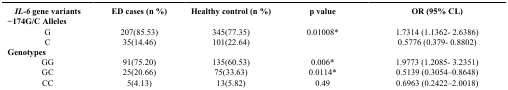
| IL-6 gene variants | ED cases (n %) | Healthy control (n %) | p value | OR (95% CL) |
 | --- | --- | --- | --- | --- |
 | <COLSPAN=5> −174G/C Alleles |
 | G | 207(85.53) | 345(77.35) | 0.01008* | 1.7314 (1.1362- 2.6386) |
 | C | 35(14.46) | 101(22.64) |  | 0.5776 (0.379- 0.8802) |
 | <COLSPAN=5> Genotypes |
 | GG | 91(75.20) | 135(60.53) | 0.006* | 1.9773 (1.2085- 3.2351) |
 | GC | 25(20.66) | 75(33.63) | 0.0114* | 0.5139 (0.3054–0.8648) |
 | CC | 5(4.13) | 13(5.82) | 0.49 | 0.6963 (0.2422–2.0018) |